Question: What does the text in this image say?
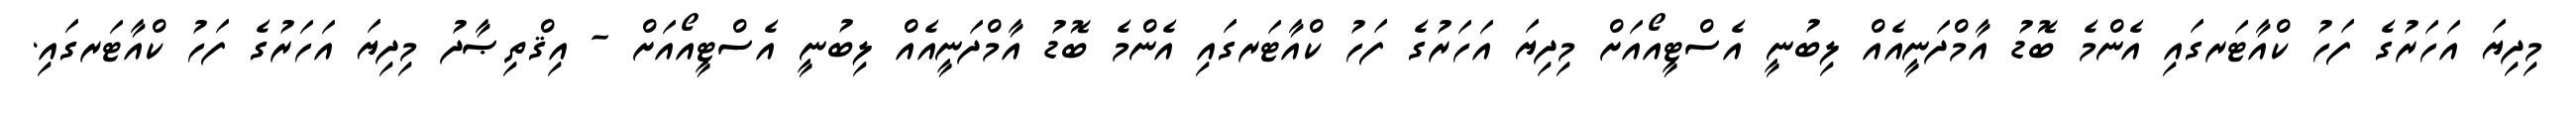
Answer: މިދިޔަ އަހަރުގެ ފަހު ކްއާޓަރގައި އެންމެ ބޮޑު އާމްދަނީއެއް ލިބުނީ އެސްޓީއޯއަށް މިދިޔަ އަހަރުގެ ފަހު ކްއާޓަރގައި އެންމެ ބޮޑު އާމްދަނީއެއް ލިބުނީ އެސްޓީއޯއަށް - އިޤްތިޞާދު މިދިޔަ އަހަރުގެ ފަހު ކްއާޓަރގައި.